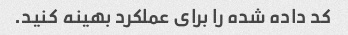
کد داده شده را برای عملکرد بهینه کنید.